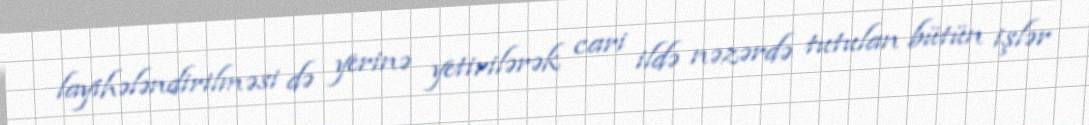
layihələndirilməsi də yerinə yetirilərək cari ildə nəzərdə tutulan bütün işlər